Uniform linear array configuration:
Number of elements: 8
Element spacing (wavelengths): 0.25
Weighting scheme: binomial
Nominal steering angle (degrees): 15
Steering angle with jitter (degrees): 14.673
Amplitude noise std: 0.05
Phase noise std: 0.05

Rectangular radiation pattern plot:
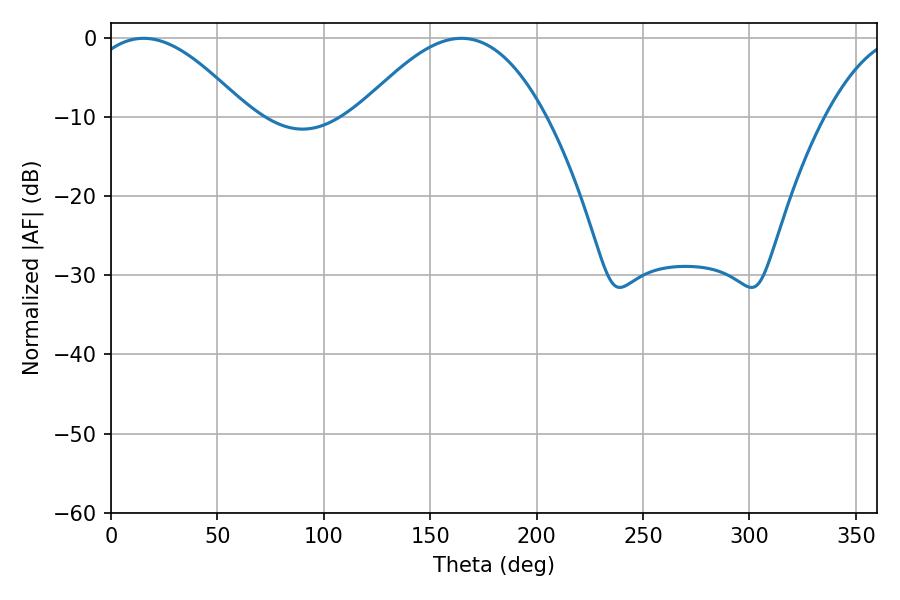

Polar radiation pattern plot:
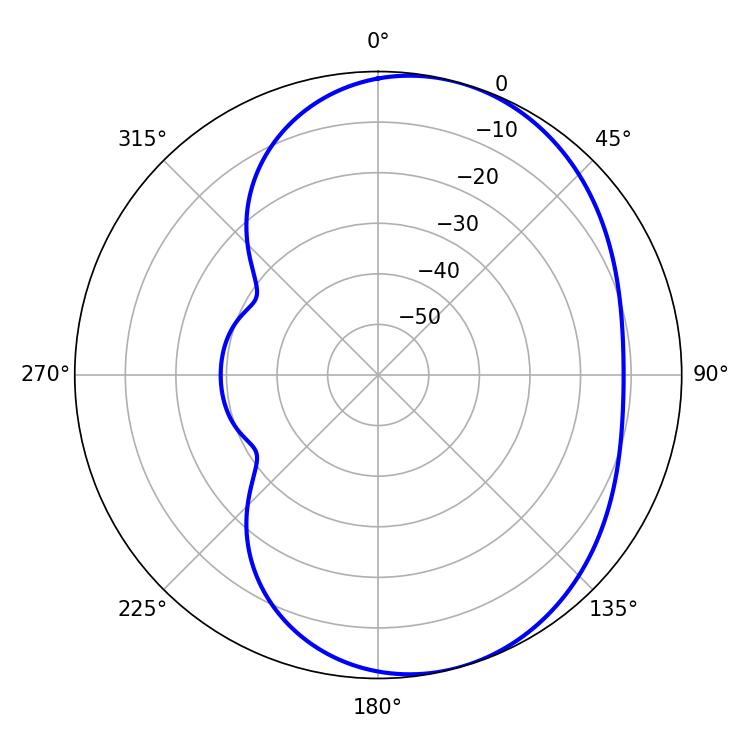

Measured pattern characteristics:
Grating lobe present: FALSE
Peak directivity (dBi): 5.35
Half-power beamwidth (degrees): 40.68
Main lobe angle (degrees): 15.3